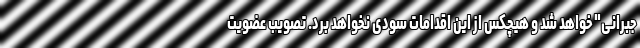
جبرانی" خواهد شد و هیچکس از این اقدامات سودی نخواهد برد. تصویب عضویت